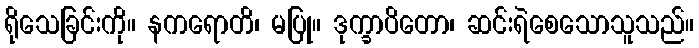
ရိုသေခြင်းကို။ နကရောတိ၊ မပြု။ ဒုက္ခာပိတော၊ ဆင်းရဲစေသောသူသည်။